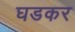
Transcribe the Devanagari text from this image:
घडकर